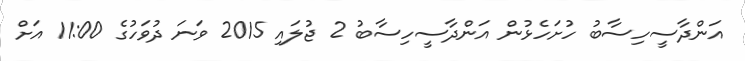
އަންދާސީހިސާބު ހުށަހެޅުން އަންދާސީހިސާބު 2 ޖުލައި 2015 ވަނަ ދުވަހުގެ 11:00 އަށް